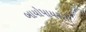
બાયોપાયરસી